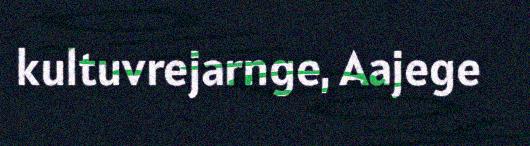
kultuvrejarnge, Aajege